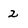
Character: 2